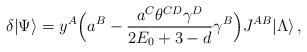
LaTeX: \begin{align*}\delta|\Psi\rangle=y^A\Bigl(a^B-\frac{a^C\theta^{CD}\gamma^D}{2E_0+3-d}\gamma^B\Bigr)J^{AB}|\Lambda\rangle\,,\end{align*}